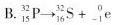
B. $$_ { 1 5 } ^ { 3 2 } P \rightarrow